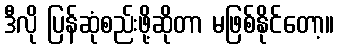
ဒီလို ပြန်ဆုံစည်းဖို့ဆိုတာ မဖြစ်နိုင်တော့။